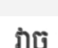
វាច